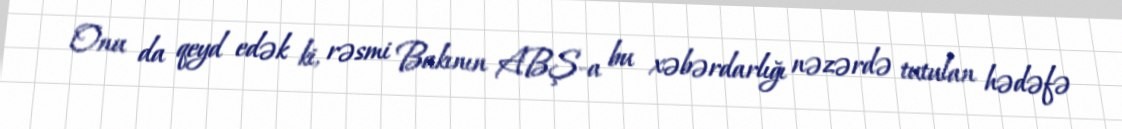
Onu da qeyd edək ki, rəsmi Bakının ABŞ-a bu xəbərdarlığı nəzərdə tutulan hədəfə